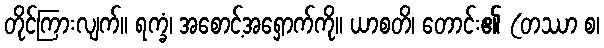
တိုင်ကြားလျက်။ ရက္ခံ၊ အစောင့်အရှောက်ကို။ ယာစတိ၊ တောင်း၏ (တဿာ စ၊